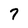
Character: 7